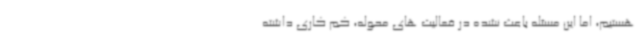
هستیم، اما این مسئله باعث نشده در فعالیت های محوله، کم کاری داشته